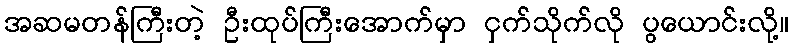
အဆမတန်ကြီးတဲ့ ဦးထုပ်ကြီးအောက်မှာ ငှက်သိုက်လို ပွယောင်းလို့။